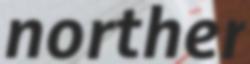
norther